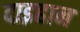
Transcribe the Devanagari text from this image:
दाइहान